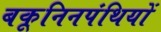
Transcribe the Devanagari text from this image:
बकूनिनपंथियों